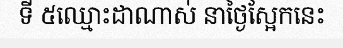
ទី ៥ឈ្មោះដាណាស់ នាថ្ងៃស្អែកនេះ